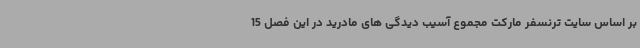
بر اساس سایت ترنسفر مارکت مجموع آسیب دیدگی های مادرید در این فصل 15